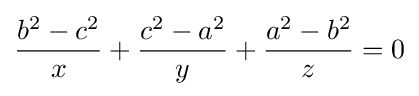
{\frac {b^{2}-c^{2}}{x}}+{\frac {c^{2}-a^{2}}{y}}+{\frac {a^{2}-b^{2}}{z}}=0